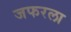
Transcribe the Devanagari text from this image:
जफरला